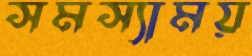
সমস্যাময়